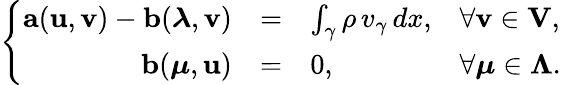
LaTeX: \left\{ \begin{array}{rcll}{{\mathbf a}({\mathbf u},{\mathbf v})-{\mathbf b}(\boldsymbol\lambda,{\mathbf v})}&{=}&{\int_{\gamma}\rho\, v_{\gamma}\, dx,}&{\forall{\mathbf v}\in{\mathbf V},}\\ {{\mathbf b}(\boldsymbol\mu,{\mathbf u})}&{=}&{0,}&{\forall\boldsymbol\mu\in\boldsymbol\Lambda.}\end{array}\right.